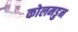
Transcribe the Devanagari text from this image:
कोलमडुन